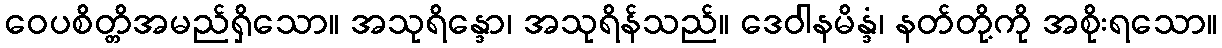
ဝေပစိတ္တိအမည်ရှိသော။ အသုရိန္ဒော၊ အသုရိန်သည်။ ဒေဝါနမိန္ဒံ၊ နတ်တို့ကို အစိုးရသော။